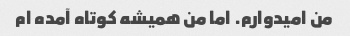
من امیدوارم. اما من همیشه کوتاه آمده ام